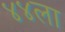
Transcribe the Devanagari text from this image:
४४ला